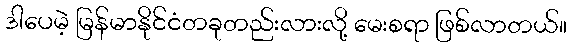
ဒါပေမဲ့ မြန်မာနိုင်ငံတခုတည်းလားလို့ မေးစရာ ဖြစ်လာတယ်။